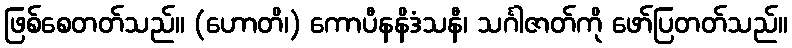
ဖြစ်စေတတ်သည်။ (ဟောတိ၊) ကောပီနနိဒံသနီ၊ သင်္ဂါဇာတ်ကို ဖော်ပြတတ်သည်။